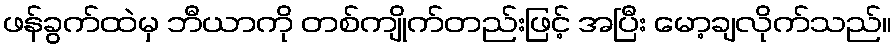
ဖန်ခွက်ထဲမှ ဘီယာကို တစ်ကျိုက်တည်းဖြင့် အပြီး မော့ချလိုက်သည်။